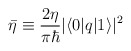
\begin{align*}\bar{\eta} \equiv \frac{2\eta}{\pi\hbar}|\langle 0|q|1\rangle|^{2}\end{align*}